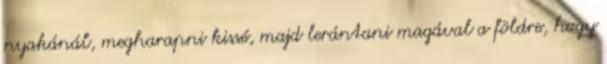
nyakánál, megharapni kissé, majd lerántani magával a földre, hogy